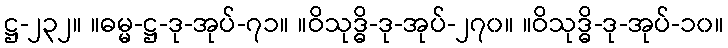
ဋ္ဌ-၂၃၂။ ။ဓမ္မ-ဋ္ဌ-ဒု-အုပ်-၇၁။ ။ဝိသုဒ္ဓိ-ဒု-အုပ်-၂၇၀။ ။ဝိသုဒ္ဓိ-ဒု-အုပ်-၁၀။